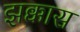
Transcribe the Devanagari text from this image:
झक्कास